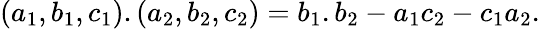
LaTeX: (a_{1},b_{1},c_{1}).(a_{2},b_{2},c_{2})=b_{1}.b_{2}-a_{1}c_{2}-c_{1}a_{2}.